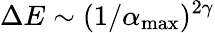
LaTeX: \Delta E\sim(1/\alpha_{\mathrm{max}})^{2\gamma}